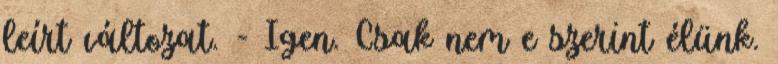
leírt változat. - Igen. Csak nem e szerint élünk.